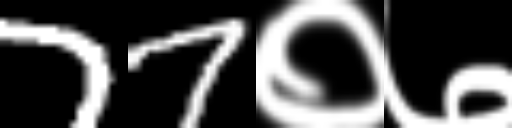
Text: 77०७